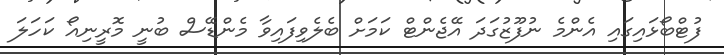
ފުޓްބޯޅައިގައި އެންމެ ނުފޫޒުގަދަ އޭޖެންޓް ކަމަށް ބެލެވިފައިވާ މެންޑޭސް ބުނީ މޮރީނިއޯ ކަހަލަ